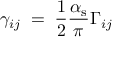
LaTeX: \gamma _ { i j } \; = \; \frac 1 2 \frac { \alpha _ { \mathrm { s } } } { \pi } \Gamma _ { i j }